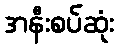
အနီးစပ်ဆုံး